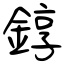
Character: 錞